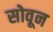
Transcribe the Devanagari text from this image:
सोवून